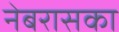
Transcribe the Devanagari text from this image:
नेबरासका